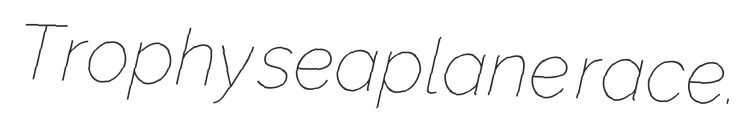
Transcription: Trophy seaplane race.